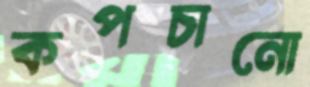
কপচানো